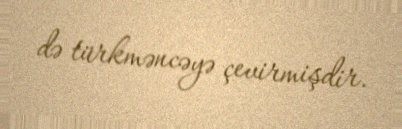
də türkməncəyə çevirmişdir.